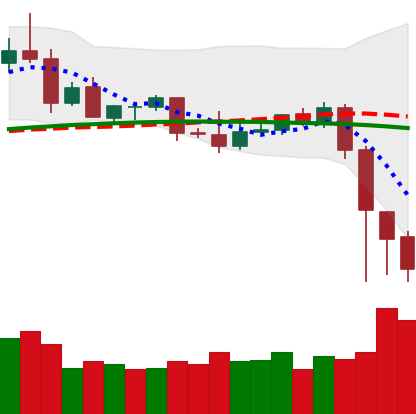
Ticker: ETC-USD
Chart end date: 2020-09-05
Forward return: 3.185%
Label: up_3_5